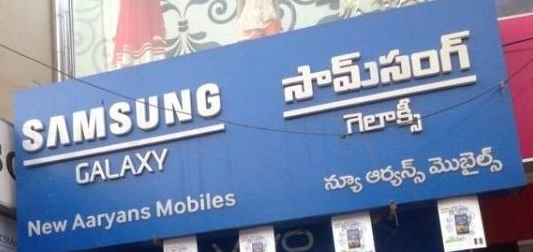
Language: telugu
Transcription: గెలాక్సీ న్యూ మొబైల్స్